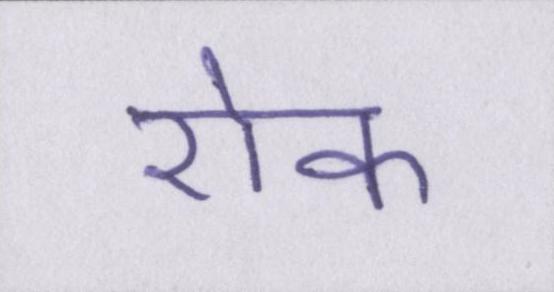
रोक